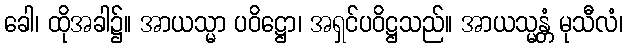
ခေါ၊ ထိုအခါ၌။ အာယသ္မာ ပဝိဋ္ဌော၊ အရှင်ပဝိဋ္ဌသည်။ အာယသ္မန္တံ မုသီလံ၊